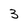
Character: 3